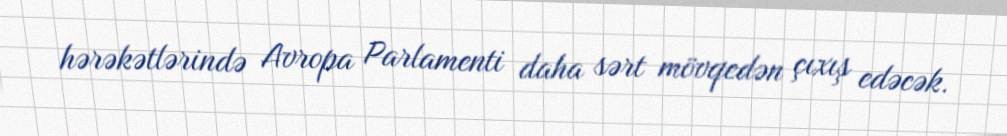
hərəkətlərində Avropa Parlamenti daha sərt mövqedən çıxış edəcək.